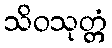
သိဝသုတ္တံ